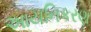
આયનિકરણ